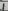
Text: 7